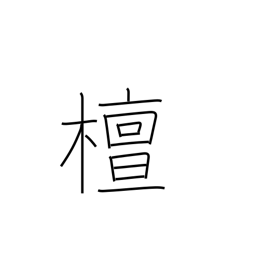
Meaning: spindle tree